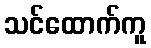
သင်ထောက်ကူ